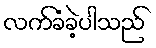
လက်ခံခဲ့ပါသည်